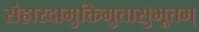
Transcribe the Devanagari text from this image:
संहारदामुक्तिमुतासुभूतम्